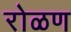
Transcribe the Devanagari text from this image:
रोळण